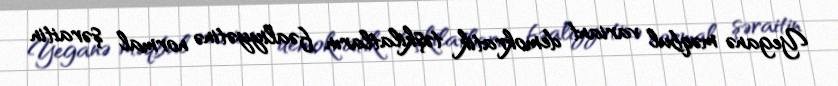
Yeganə məqbul variant demokratik təşkilatların fəaliyyətinə normal şəraitin